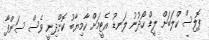
ޕޮލިސް ކްލަބަށް ލީޑް ހޯދުނު ލަނޑު އެޓީމަށް ކާމިޔާބު ކޮށްދިނީ ވެސް ސަންފާ